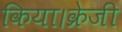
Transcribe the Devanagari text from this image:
किया।क्रेजी